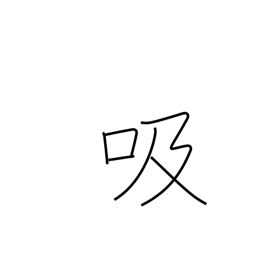
Meaning: inhale